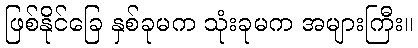
ဖြစ်နိုင်ခြေ နှစ်ခုမက သုံးခုမက အများကြီး။